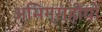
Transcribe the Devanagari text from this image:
अभिग्राहीयों